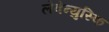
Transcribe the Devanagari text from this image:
लेवेन्युस्कि